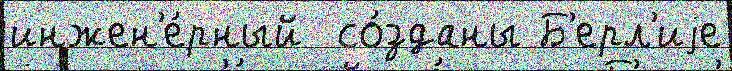
инжен'е́рный  со́зданы Б'ерл'иjе